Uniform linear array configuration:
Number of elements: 64
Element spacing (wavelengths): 0.25
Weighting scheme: binomial
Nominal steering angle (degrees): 30
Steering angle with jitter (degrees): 29.575
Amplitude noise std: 0.05
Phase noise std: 0.05

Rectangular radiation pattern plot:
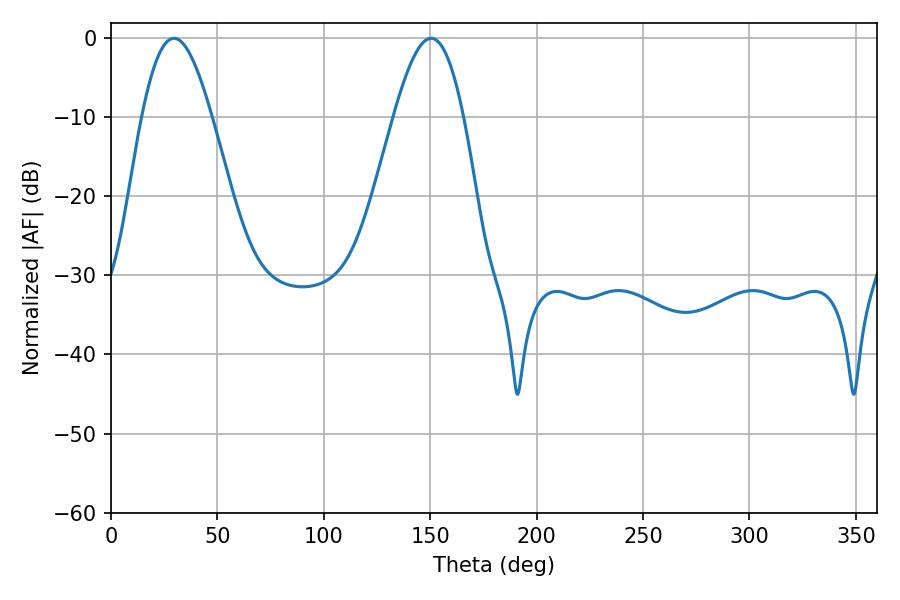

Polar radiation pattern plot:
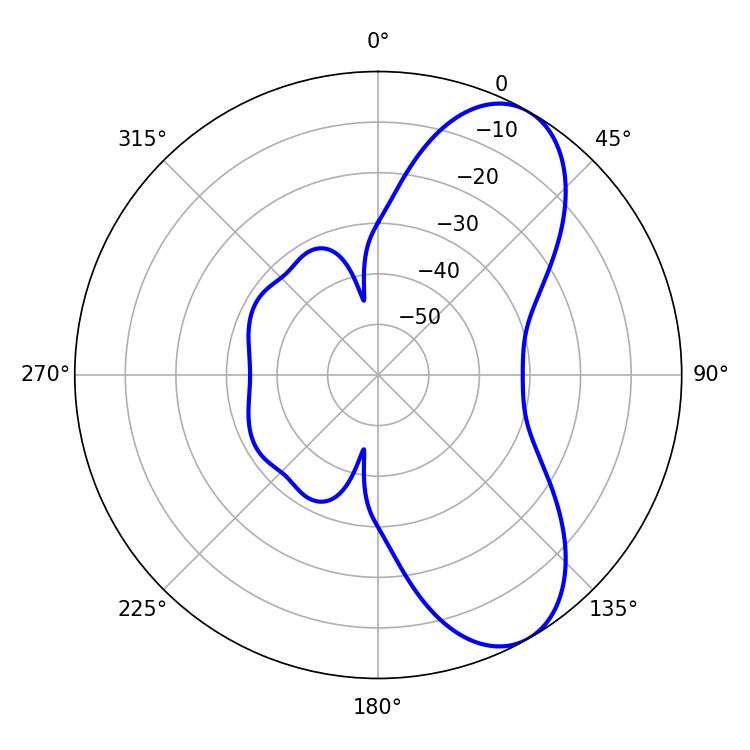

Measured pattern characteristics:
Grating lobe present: FALSE
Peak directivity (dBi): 7.72
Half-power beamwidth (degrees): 17.82
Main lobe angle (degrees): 29.52